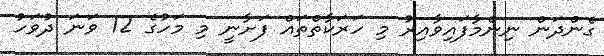
ގެންދަން ނިންމާފައިވާއިރު މި ހަރަކާތްތައް ފަށާނީ މި މަހުގެ 12 ވަނަ ދުވަހު